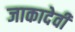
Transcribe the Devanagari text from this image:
जाकादेवी